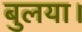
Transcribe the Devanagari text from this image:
बुलया।